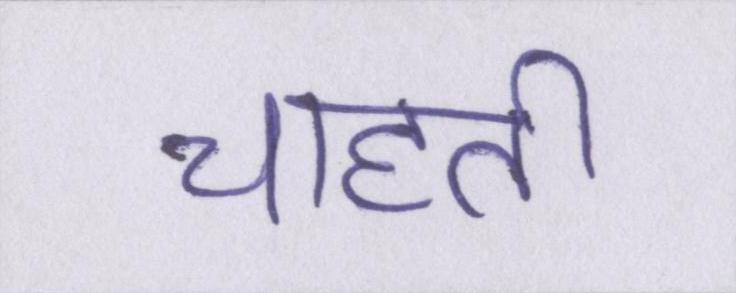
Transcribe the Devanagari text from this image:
चाहती